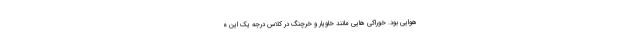
هوایی بود. خوراکی هایی مانند خاویار و خرچنگ در کلاس درجه یک این ه